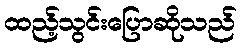
ထည့်သွင်းပြောဆိုသည်